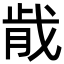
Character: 𫻴